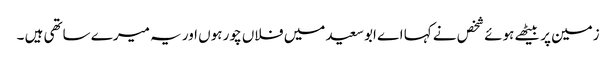
زمین پر بیٹھے ہوئے شخص نے کہا اے ابو سعید میں فلاں چور ہوں اور یہ میرے ساتھی ہیں ۔